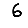
Digit: 6